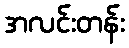
အလင်းတန်း